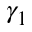
\gamma _ { 1 }